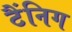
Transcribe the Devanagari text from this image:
टैंनिग